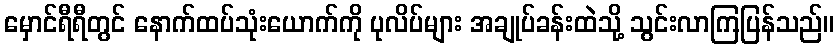
မှောင်ရီရီတွင် နောက်ထပ်သုံးယောက်ကို ပုလိပ်များ အချုပ်ခန်းထဲသို့ သွင်းလာကြပြန်သည်။